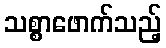
သစ္စာဖောက်သည့်